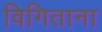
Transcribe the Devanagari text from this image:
विगिताना